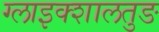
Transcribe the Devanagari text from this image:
ग्लाइक्शालतुङ